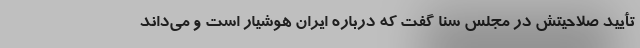
تأیید صلاحیتش در مجلس سنا گفت که درباره ایران هوشیار است و می‌داند